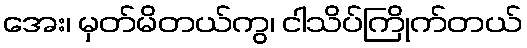
အေး၊ မှတ်မိတယ်ကွ၊ ငါသိပ်ကြိုက်တယ်